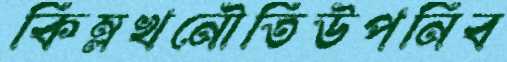
কিম্লখনৌতিউপনিব